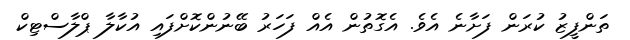
ތަންފީޒު ކުރަން ފަށާނެ އެވެ. އެގޮތުން އެއް ފަހަރު ބޭނުންކޮށްފައި އުކާލާ ޕްލާސްޓިކް